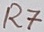
Text: R7